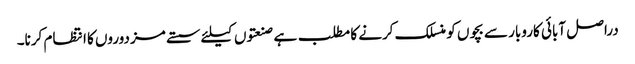
دراصل آبائی کاروبار سے بچوں کو منسلک کرنے کا مطلب ہے صنعتوں کیلئے سستے مزدوروں کا انتظام کرنا۔